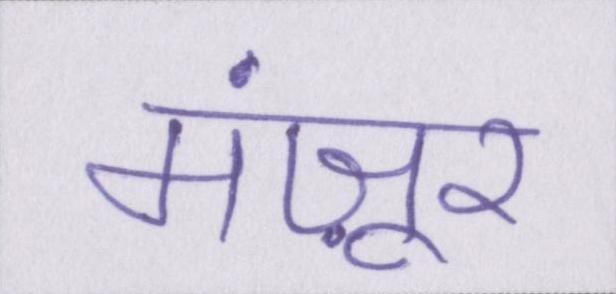
मंज़ूर